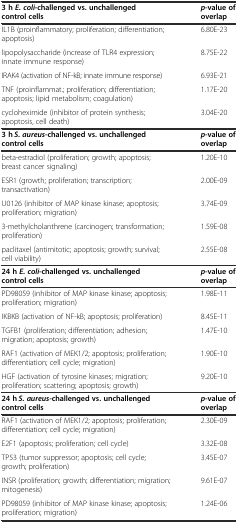
<table><thead><tr><td><b>3 h<i>E. coli-</i>challenged vs. unchallenged control cells</b></td><td><b><i>p</i>-value of overlap</b></td></tr></thead><tbody><tr><td>IL1B (proinflammatory; proliferation; differentiation; apoptosis)</td><td>6.80E-23</td></tr><tr><td>lipopolysaccharide (increase of TLR4 expression; innate immune response)</td><td>8.75E-22</td></tr><tr><td>IRAK4 (activation of NF-kB; innate immune response)</td><td>6.93E-21</td></tr><tr><td>TNF (proinflammat.; proliferation; differentiation; apoptosis; lipid metabolism; coagulation)</td><td>1.17E-20</td></tr><tr><td>cycloheximide (inhibitor of protein synthesis; apoptosis, cell death)</td><td>3.04E-20</td></tr><tr><td><b>3 h</b> <b><i>S. aureus-</i></b><b>challenged vs. unchallenged control cells</b></td><td><b><i>p</i></b><b>-value of overlap</b></td></tr><tr><td>beta-estradiol (proliferation; growth; apoptosis; breast cancer signaling)</td><td>1.20E-10</td></tr><tr><td>ESR1 (growth; proliferation; transcription; transactivation)</td><td>2.00E-09</td></tr><tr><td>U0126 (inhibitor of MAP kinase kinase; apoptosis; proliferation; migration)</td><td>3.74E-09</td></tr><tr><td>3-methylcholanthrene (carcinogen; transformation; proliferation)</td><td>1.59E-08</td></tr><tr><td>paclitaxel (antimitotic; apoptosis; growth; survival; cell viability)</td><td>2.55E-08</td></tr><tr><td><b>24 h</b><b><i>E. coli-</i></b><b>challenged vs. unchallenged control cells</b></td><td><b><i>p</i></b><b>-value of overlap</b></td></tr><tr><td>PD98059 (inhibitor of MAP kinase kinase; apoptosis; proliferation; migration)</td><td>1.98E-11</td></tr><tr><td>IKBKB (activation of NF-kB; apoptosis; proliferation)</td><td>8.45E-11</td></tr><tr><td>TGFB1 (proliferation; differentiation; adhesion; migration; apoptosis; growth)</td><td>1.47E-10</td></tr><tr><td>RAF1 (activation of MEK1/2; apoptosis; proliferation; differentiation; cell cycle; migration)</td><td>1.90E-10</td></tr><tr><td>HGF (activation of tyrosine kinases; migration; proliferation; scattering; apoptosis; growth)</td><td>9.20E-10</td></tr><tr><td><b>24 h</b> <b><i>S. aureus-</i></b><b>challenged vs. unchallenged control cells</b></td><td><b><i>p</i></b><b>-value of overlap</b></td></tr><tr><td>RAF1 (activation of MEK1/2; apoptosis; proliferation; differentiation; cell cycle; migration)</td><td>2.30E-09</td></tr><tr><td>E2F1 (apoptosis; proliferation; cell cycle)</td><td>3.32E-08</td></tr><tr><td>TP53 (tumor suppressor; apoptosis; cell cycle; growth; proliferation)</td><td>3.45E-07</td></tr><tr><td>INSR (proliferation; growth; differentiation; migration; mitogenesis)</td><td>9.61E-07</td></tr><tr><td>PD98059 (inhibitor of MAP kinase kinase; apoptosis; proliferation; migration)</td><td>1.24E-06</td></tr></tbody></table>